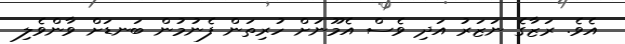
އެވެ. ރަޒާގެ ނަޒަރު އަދި ވެސް އެމޫނަށް ހުރިތަން ފެނުމުން ބަނޑަށް ވާންވެލި